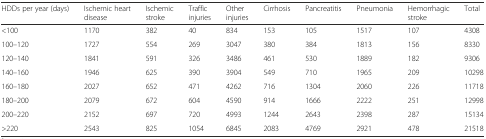
<table><thead><tr><td><b>HDDs per year (days)</b></td><td><b>Ischemic heart disease</b></td><td><b>Ischemic stroke</b></td><td><b>Traffic injuries</b></td><td><b>Other injuries</b></td><td><b>Cirrhosis</b></td><td><b>Pancreatitis</b></td><td><b>Pneumonia</b></td><td><b>Hemorrhagic stroke</b></td><td><b>Total</b></td></tr></thead><tbody><tr><td>&lt;100</td><td>1170</td><td>382</td><td>40</td><td>834</td><td>153</td><td>105</td><td>1517</td><td>107</td><td>4308</td></tr><tr><td>100–120</td><td>1727</td><td>554</td><td>269</td><td>3047</td><td>380</td><td>384</td><td>1813</td><td>156</td><td>8330</td></tr><tr><td>120–140</td><td>1841</td><td>591</td><td>326</td><td>3486</td><td>461</td><td>530</td><td>1889</td><td>182</td><td>9306</td></tr><tr><td>140–160</td><td>1946</td><td>625</td><td>390</td><td>3904</td><td>549</td><td>710</td><td>1965</td><td>209</td><td>10298</td></tr><tr><td>160–180</td><td>2027</td><td>652</td><td>471</td><td>4262</td><td>716</td><td>1304</td><td>2060</td><td>226</td><td>11718</td></tr><tr><td>180–200</td><td>2079</td><td>672</td><td>604</td><td>4590</td><td>914</td><td>1666</td><td>2222</td><td>251</td><td>12998</td></tr><tr><td>200–220</td><td>2152</td><td>697</td><td>720</td><td>4993</td><td>1244</td><td>2643</td><td>2398</td><td>287</td><td>15134</td></tr><tr><td>&gt;220</td><td>2543</td><td>825</td><td>1054</td><td>6845</td><td>2083</td><td>4769</td><td>2921</td><td>478</td><td>21518</td></tr></tbody></table>